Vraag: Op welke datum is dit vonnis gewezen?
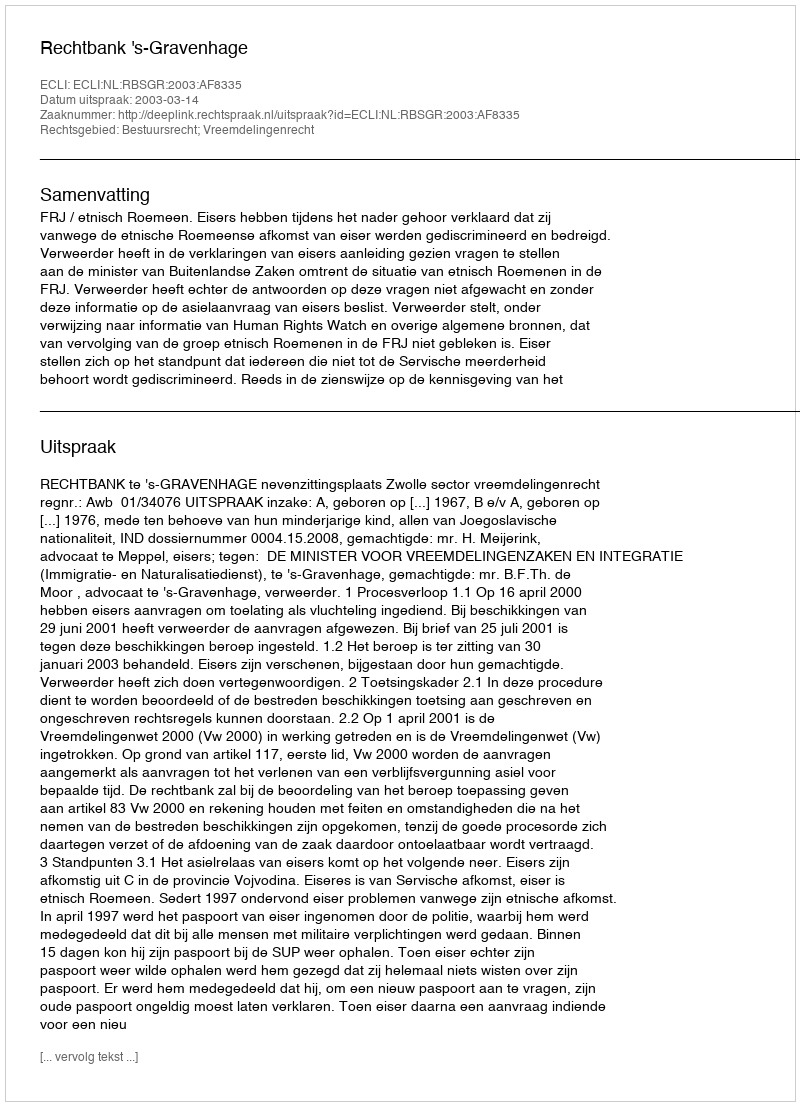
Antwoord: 2003-03-14